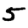
Digit: 5